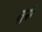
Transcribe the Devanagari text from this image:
तुसे